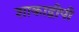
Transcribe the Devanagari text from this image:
शाकाद्वीपी